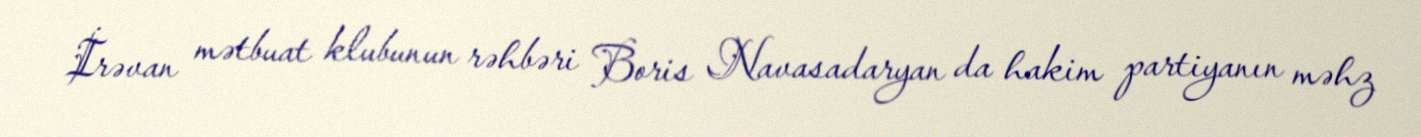
İrəvan mətbuat klubunun rəhbəri Boris Navasadaryan da hakim partiyanın məhz